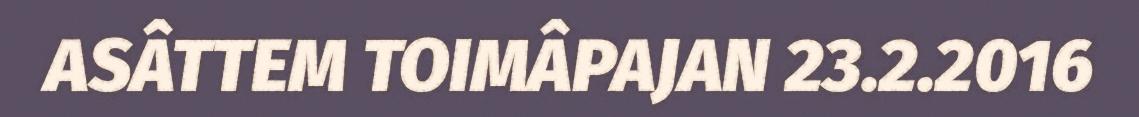
ASÂTTEM TOIMÂPAJAN 23.2.2016